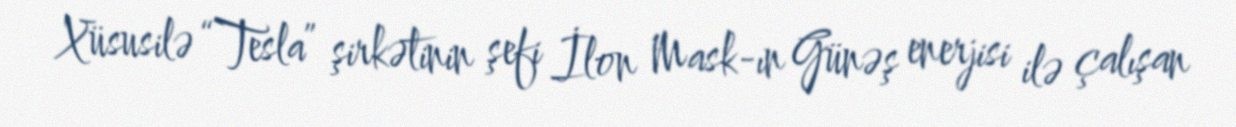
Xüsusilə “Tesla” şirkətinin şefi İlon Mask-ın Günəş enerjisi ilə çalışan